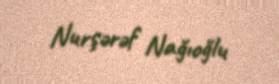
Nurşərəf Nağıoğlu